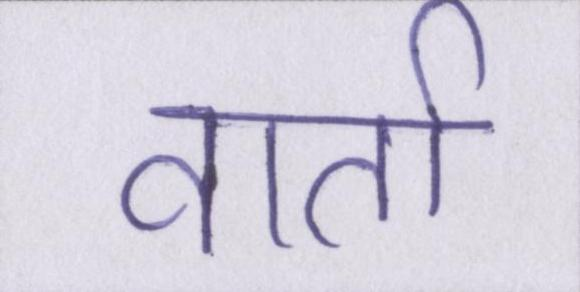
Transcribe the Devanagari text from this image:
वार्ता